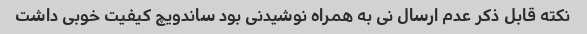
نکته قابل ذکر عدم ارسال نی به همراه نوشیدنی بود ساندویچ کیفیت خوبی داشت